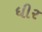
ધીર